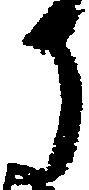
か